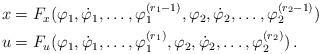
LaTeX: \begin{align*}\begin{aligned}x&=F_x(\varphi_1,\dot\varphi_1,\ldots,\varphi_1^{(r_1-1)},\varphi_2,\dot\varphi_2,\ldots,\varphi_2^{(r_2-1)})\\u&=F_u(\varphi_1,\dot\varphi_1,\ldots,\varphi_1^{(r_1)},\varphi_2,\dot\varphi_2,\ldots,\varphi_2^{(r_2)})\,.\end{aligned}\end{align*}